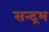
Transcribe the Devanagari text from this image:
सन्द्रभ